Indian journal of veterinary science and animal husbandry - Volumes 22-23, 1952-1953
Year: 1952
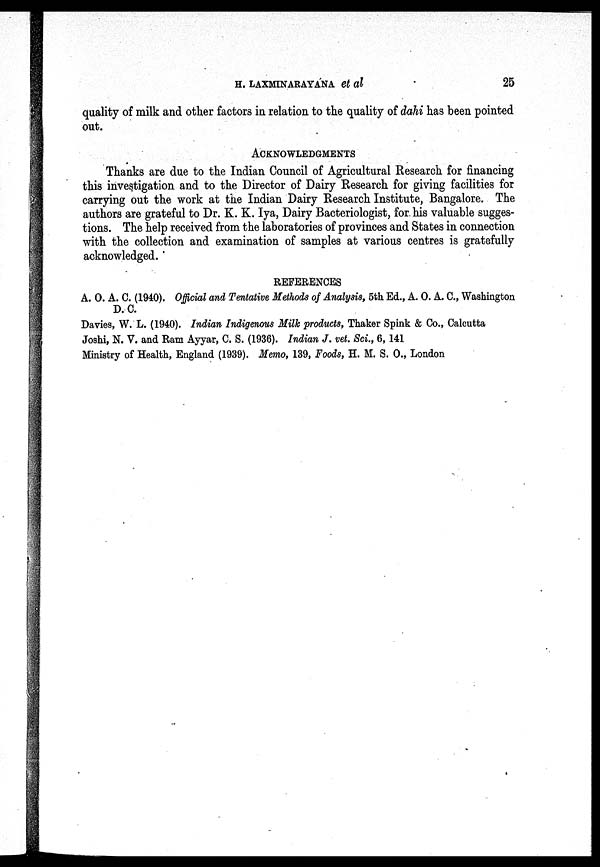
H. LAXMINARAYANA et
al
25
quality of milk and other factors in relation to the quality of dahi has been pointed
out.
ACKNOWLEDGMENTS
Thanks are due to the Indian Council of Agricultural Research for financing
this investigation and to the Director of Dairy Research for giving facilities for
carrying out the work at the Indian Dairy Research Institute, Bangalore. The
authors are grateful to Dr. K. K. Iya, Dairy Bacteriologist, for. his valuable sugges-
tions. The help received from the laboratories of provinces and States in connection
with the collection and examination of samples at various centres is gratefully
acknowledged.
REFERENCES
A. O. A. C. (1940). Official and Tentative Methods of Analysis, 5th Ed., A. O. A. C., Washington
D. C.
Davies, W. L. (1940). Indian Indigenous Milk products, Thaker Spink & Co., Calcutta
Joshi, N. V. and Ram Ayyar, C. S. (1936). Indian J. vet. Sci., 6, 141
Ministry of Health, England (1939). Memo, 139, Foods, H. M. S. O., London